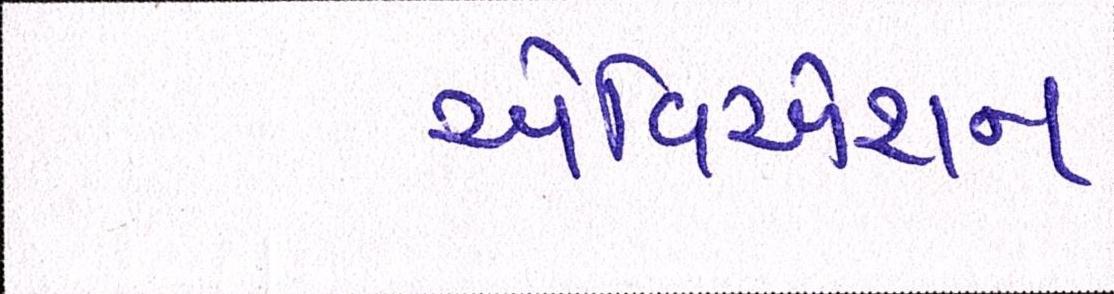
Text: એવિએશન